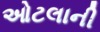
ઓટલાની